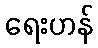
ရေးဟန်